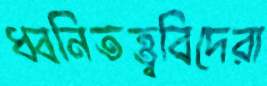
ধ্বনিতত্ত্ববিদেরা